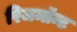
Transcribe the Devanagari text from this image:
रिजमॉन्ट